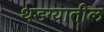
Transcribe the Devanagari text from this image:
थडग्यातील